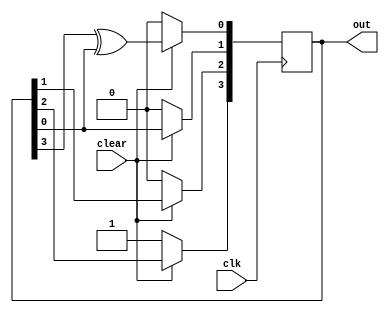
`timescale 1ns/1ps
//Description: A linear feedback shift register whose first input is 
//              XOR of current inputs from ff[0] and ff[3]. This design will 
//              generate 4 bit all possible sequences execpt 0000.
//
module linear_feed_SR (
    output wire [3:0] out, 
    input wire clk, clear
);

reg [3:0] Sft_Reg;

assign out= Sft_Reg;

always @(posedge clk) begin
    if (!clear) Sft_Reg<= 4'b1000;
    else begin
    Sft_Reg[3]<= Sft_Reg[2];
    Sft_Reg[2]<= Sft_Reg[1];
    Sft_Reg[1]<= Sft_Reg[0];
    Sft_Reg[0]<= (Sft_Reg[3] ^ Sft_Reg[0]);
    end
end

endmodule //linear_feed_SR